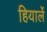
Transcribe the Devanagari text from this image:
हियार्ले